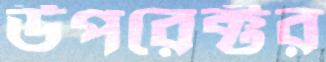
উপরেক্টর